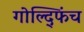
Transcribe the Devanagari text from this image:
गोल्द्फिंच